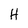
Character: H